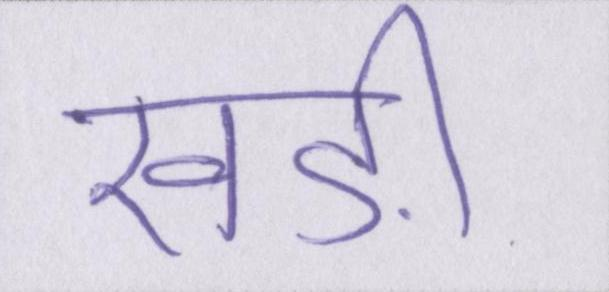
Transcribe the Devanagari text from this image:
खड़ी